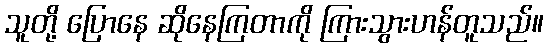
သူတို့ ပြောနေ ဆိုနေကြတာကို ကြားသွားဟန်တူသည်။